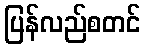
ပြန်လည်စတင်